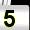
Digit: 5